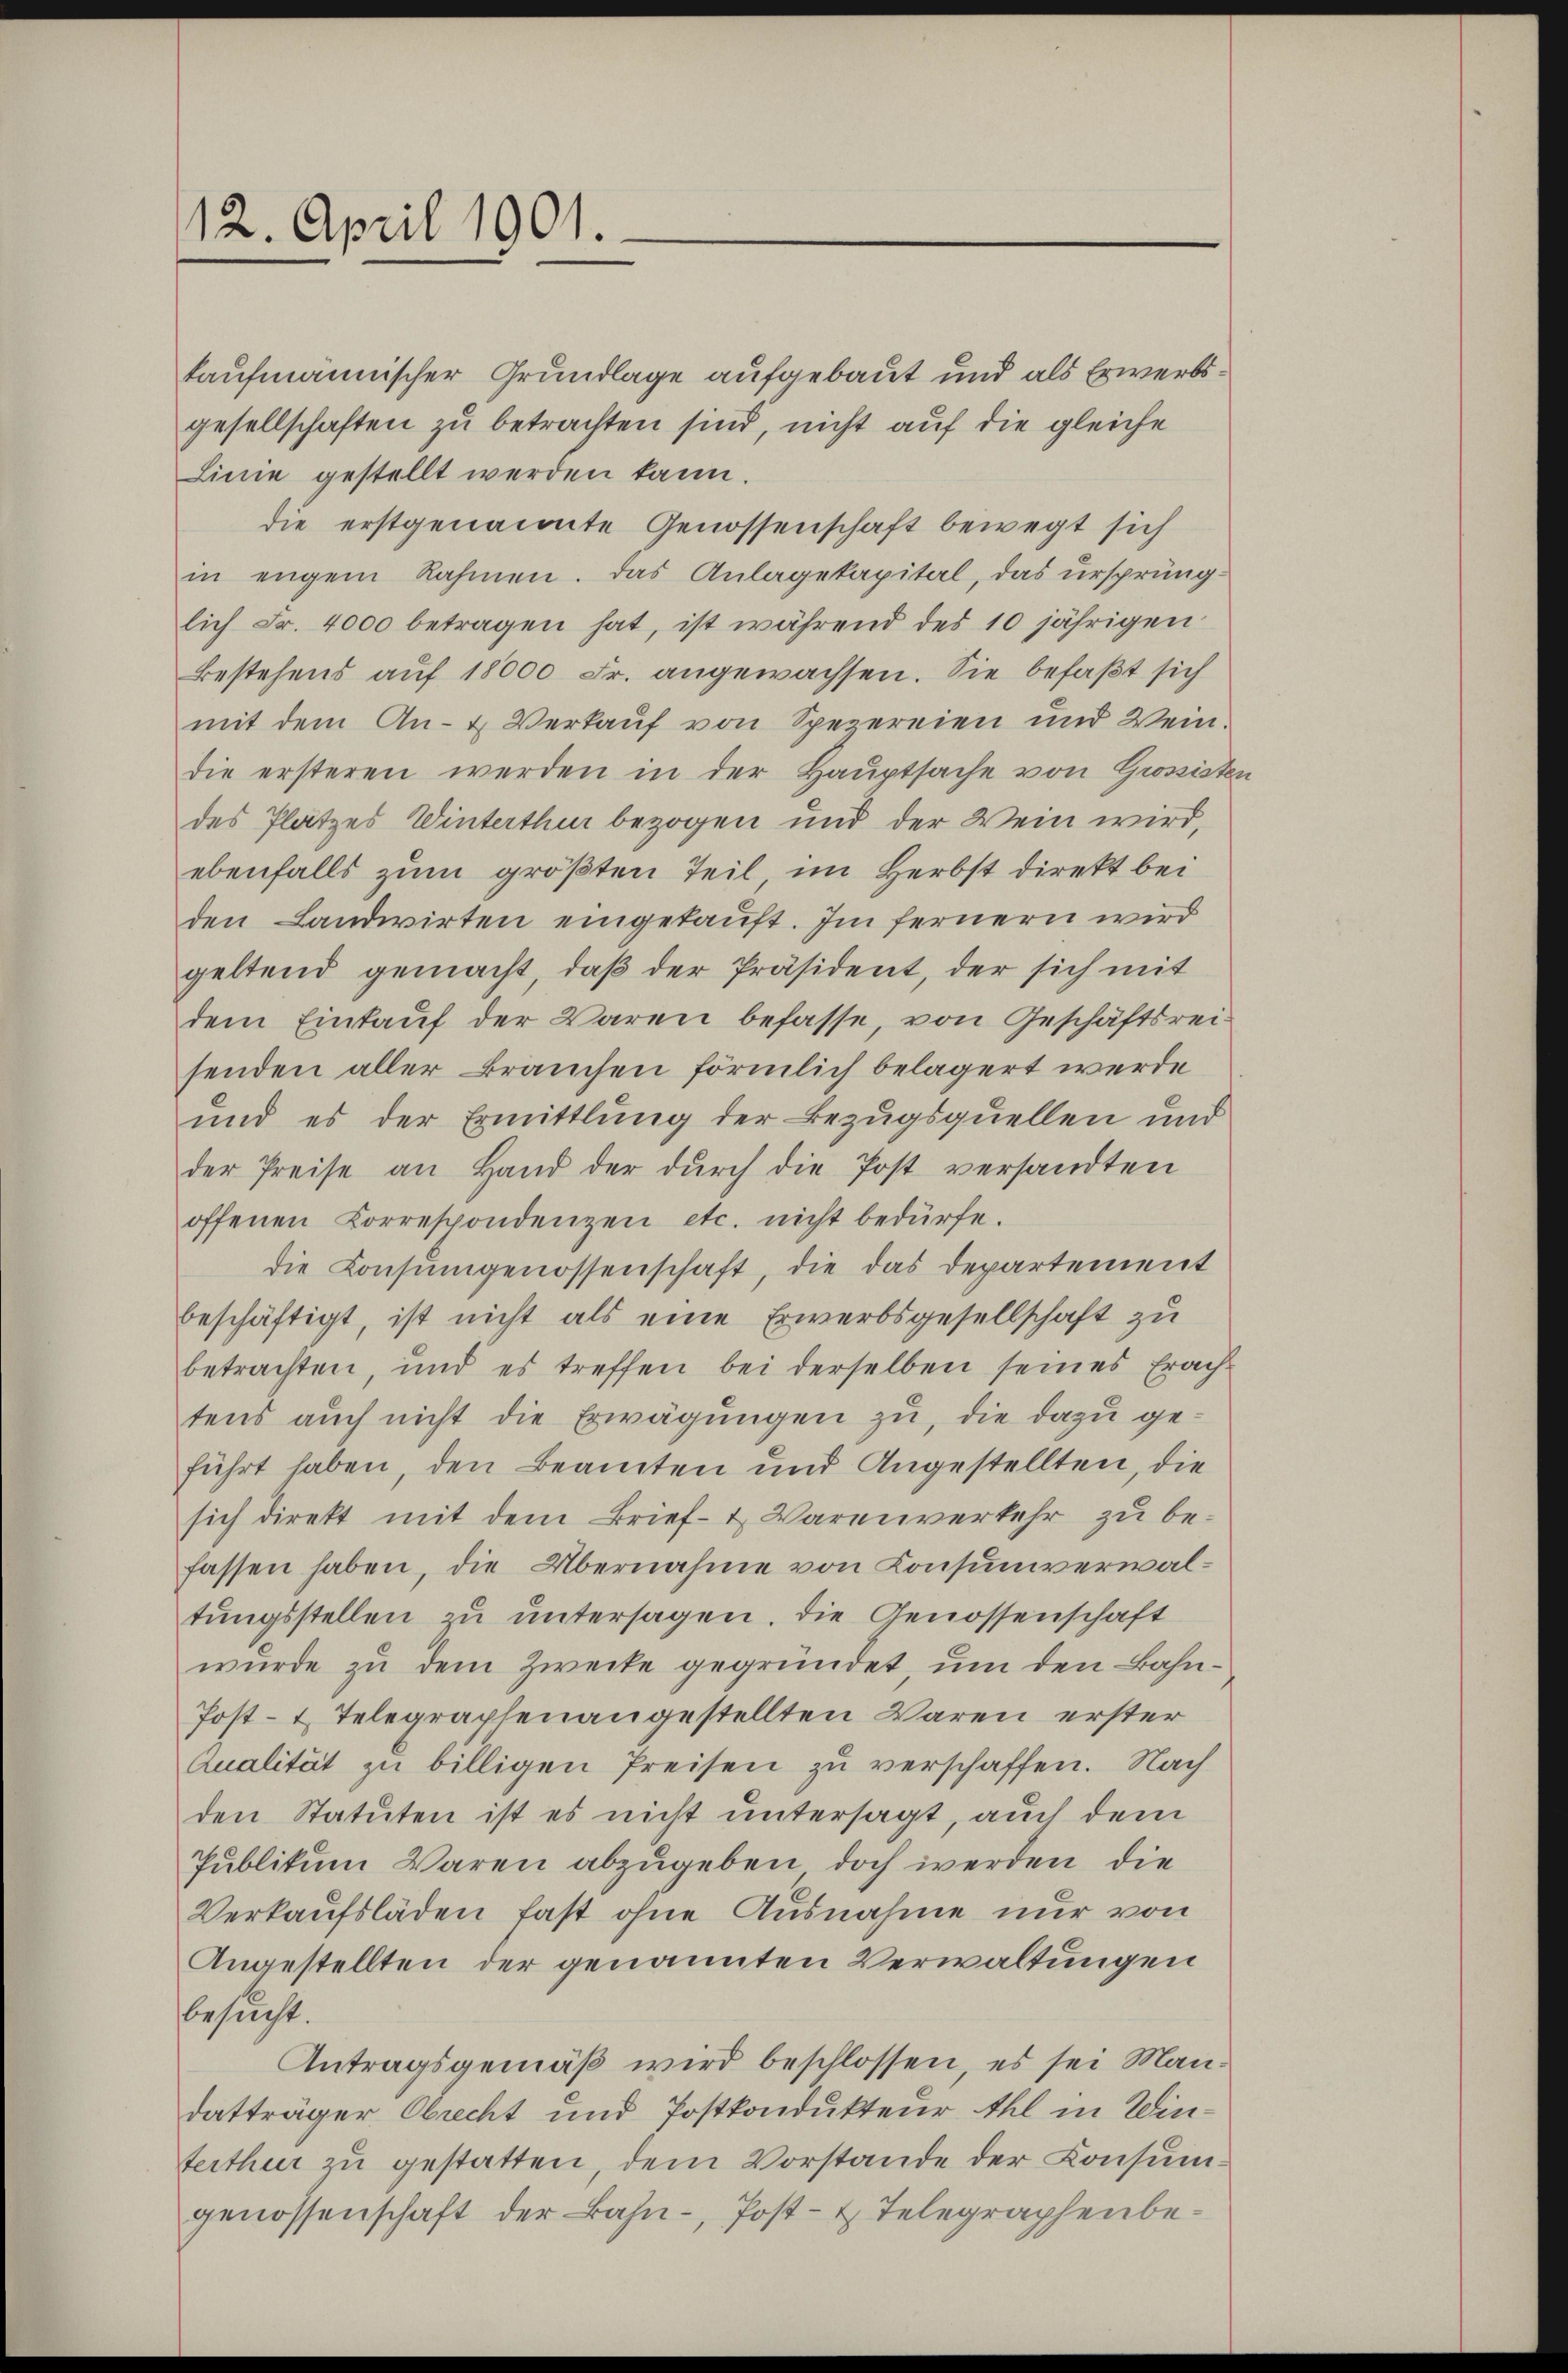
12. April 1901.

kaufmännischer Grundlage aufgebaut und als Erwerbsgesellschaften zu betrachten sind, nicht auf die gleiche
Linie gestellt werden kann.
die erstgenannte Genossenschaft bewegt sich
in engem Rahmen. Das Anlagekapital, das ursprüng-
lich Fr. 4000 betragen hat, ist während des 10 jährigen
Bestehens auf 18000 Fr. angewachsen. Sie befaßt sich
mit dem An- & Verkauf von Spezereien und Weindie ersteren werden in der Hauptsache von Grossister
des Platzes Winterthur bezogen und der Wein wird,
ebenfalls zum größten Teil im Herbst direkt bei
den Landwirten eingekauft. Im fernern wird
geltend gemacht, daβ der Präsident, der sich mit
dem Eintauf der Waren befasse, von Geschäftsrei-
senden aller Bräuchen förmlich belagert werde
und es der Ermittlung der Bezugsquellen und
der Preise an Hand der dŭrch die Post versandten
offenen Korrespondenzen etc. nicht bedürfe.
die Consungenossenschaft, die das Departement
beschäftigt, ist nicht als eine Erwerbsgesellschaft zu
betrachten, und es treffen bei derselben seines Erach-
tens auch nicht die Erwägungen zu, die dazu geführt haben, den Beamten und Angestellten, die
sich direkt mit dem Brief- & Warenverkehr zu befassen haben, die Übernahme von Konsumverwaltŭngsstellen zŭ ŭntersagen, die Genossenschaft
wurde zu dem Zwecke gegründet, um den Bahn¬
Post- & Telegraphenangestellten Waren erster
Qualität zu billigen Preisen zu verschaffen. Nach
den Statuten ist es nicht untersagt, auch dem
Publikum Waren abzugeben doch werden, die
Verkaŭfsläden fast ohne Ausnahme nur von
Angestellten der genannten Verwaltungen
besucht.
Antragsgemäβ wird beschlossen, es sei Man-
datträger Obrecht und Postkondukteur thl in Winterthur zu gestatten, dem Vorstande der Consumgenossenschaft der Bahn-, Post- & Telegraphenbe¬